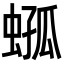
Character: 𧍆